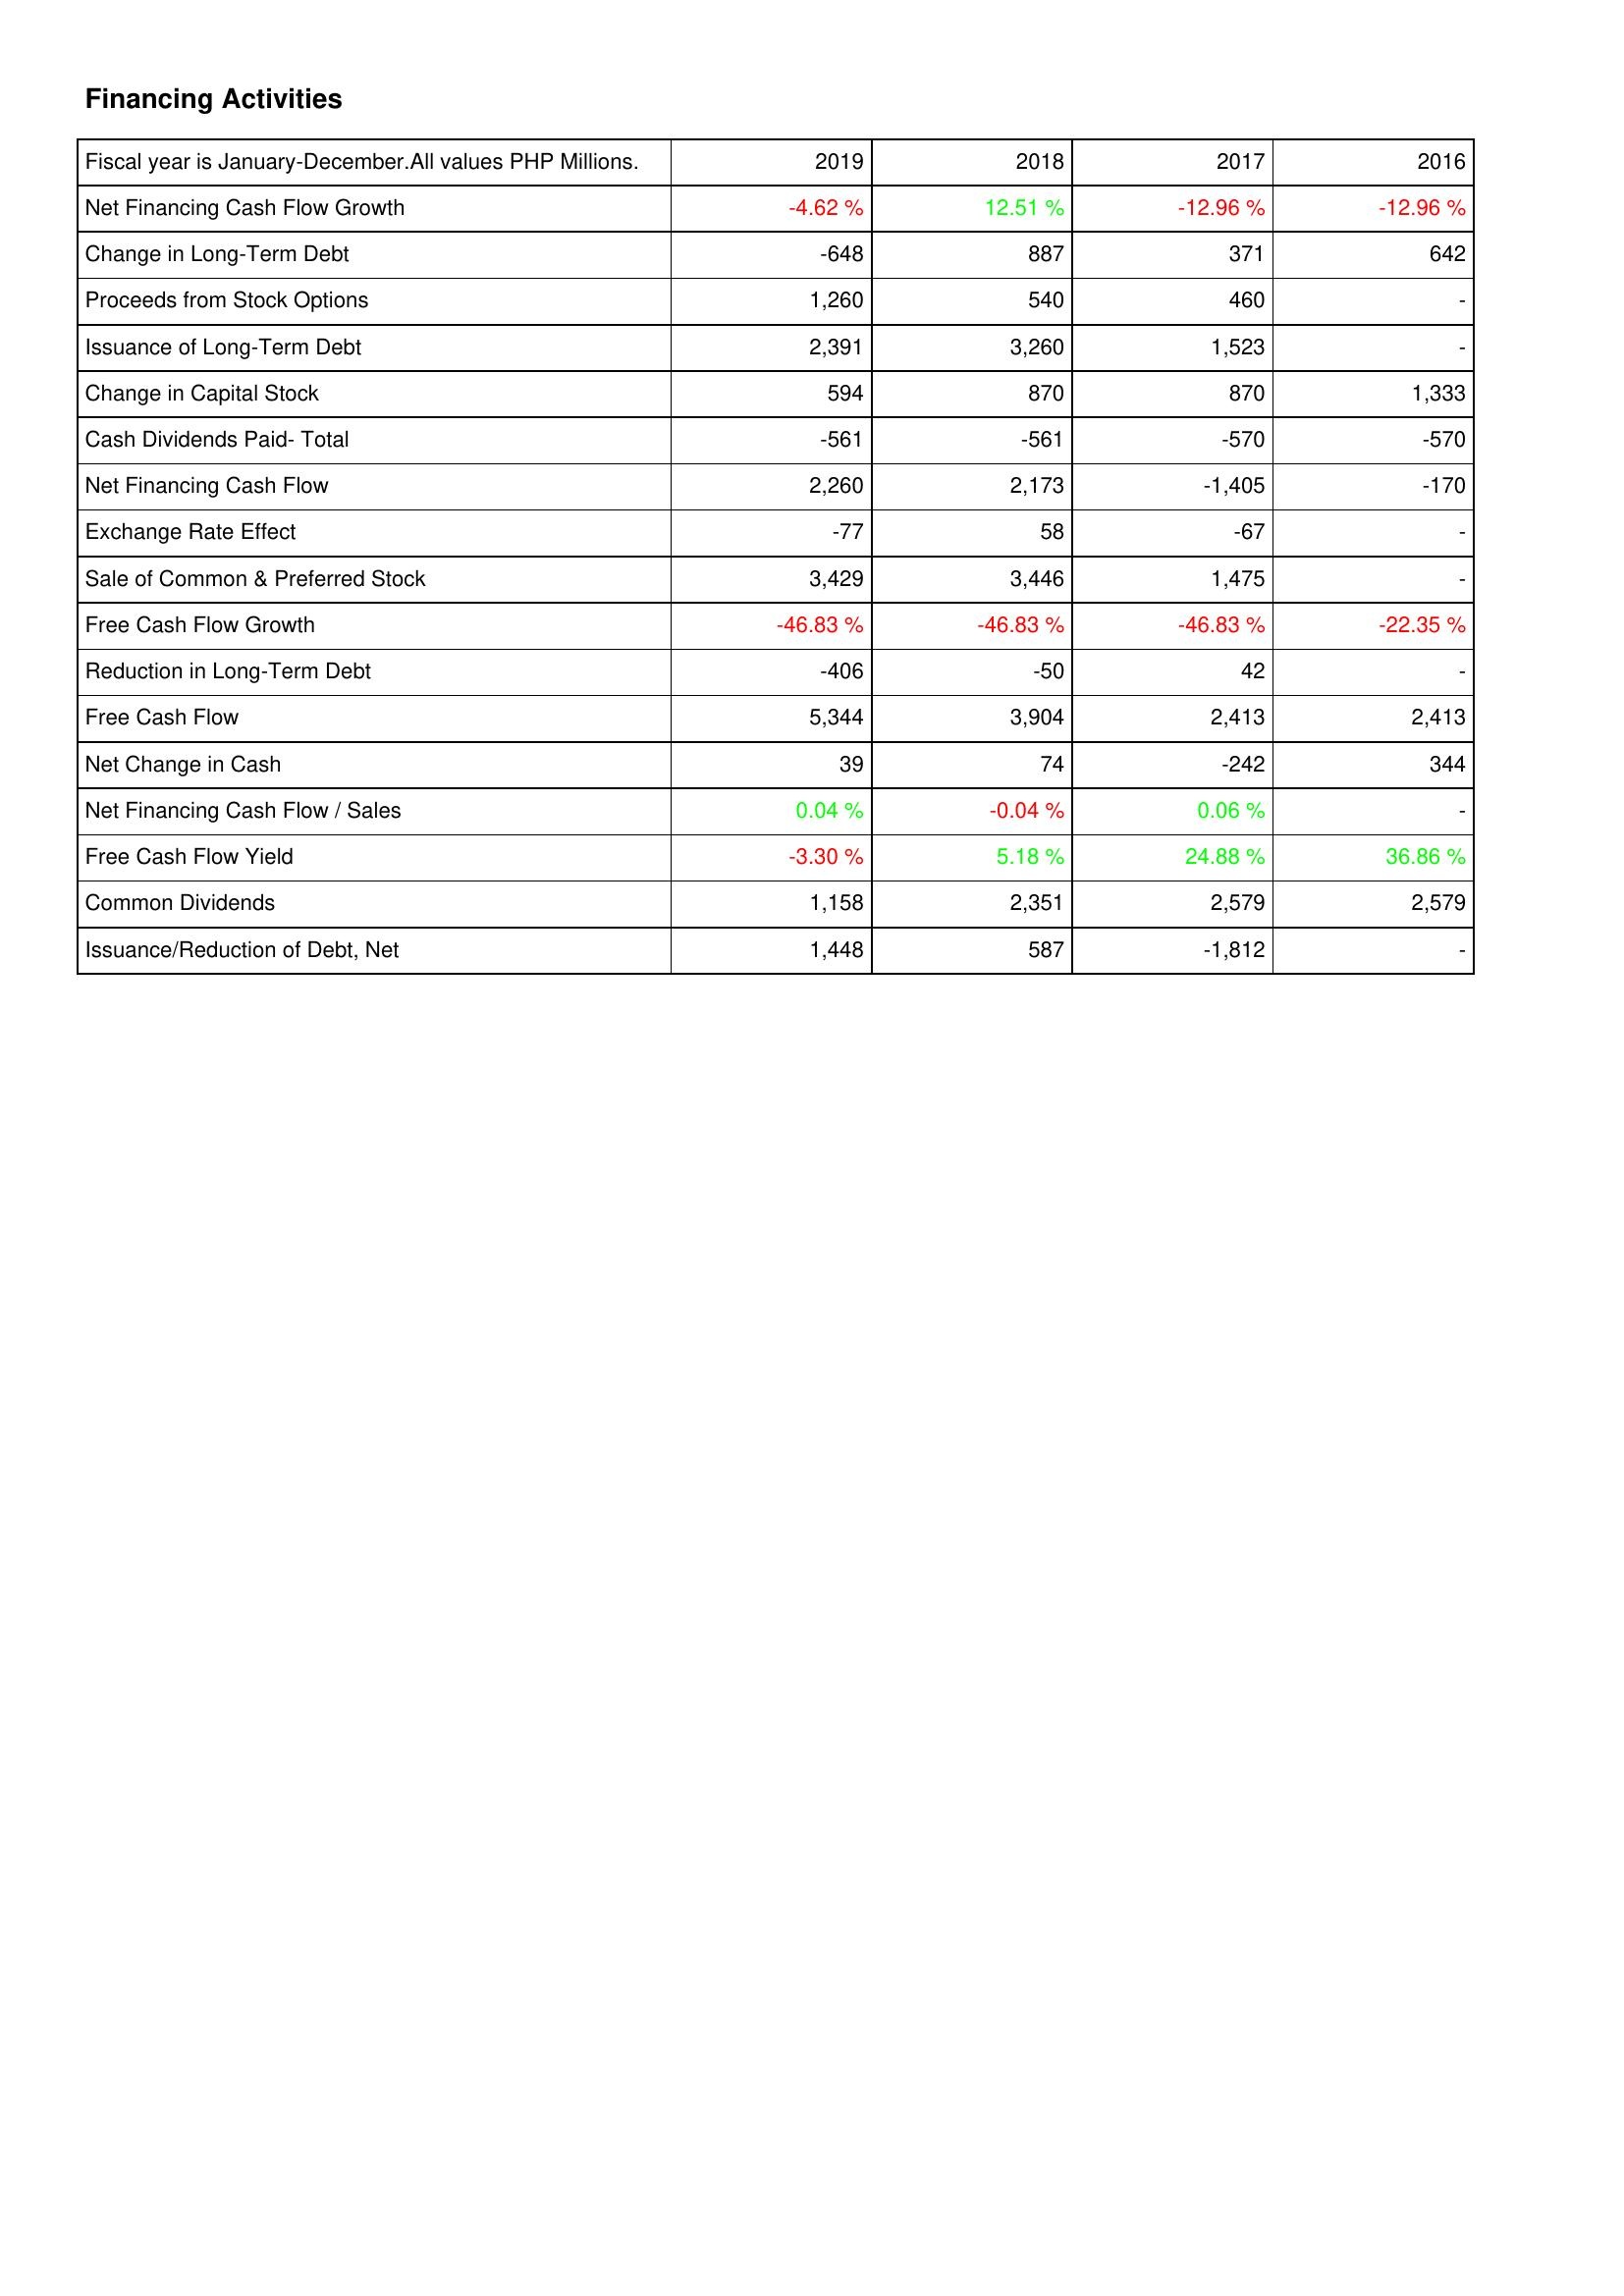
2019: Financing Activities: Net Financing Cash Flow Growth: -4.62 %
Change in Long-Term Debt: -648
Proceeds from Stock Options: 1,260
Issuance of Long-Term Debt: 2,391
Change in Capital Stock: 594
Cash Dividends Paid- Total: -561
Net Financing Cash Flow: 2,260
Exchange Rate Effect: -77
Sale of Common & Preferred Stock: 3,429
Free Cash Flow Growth: -46.83 %
Reduction in Long-Term Debt: -406
Free Cash Flow: 5,344
Net Change in Cash: 39
Net Financing Cash Flow / Sales: 0.04 %
Free Cash Flow Yield: -3.30 %
Common Dividends: 1,158
Issuance/Reduction of Debt, Net: 1,448
2018: Financing Activities: Net Financing Cash Flow Growth: 12.51 %
Change in Long-Term Debt: 887
Proceeds from Stock Options: 540
Issuance of Long-Term Debt: 3,260
Change in Capital Stock: 870
Cash Dividends Paid- Total: -561
Net Financing Cash Flow: 2,173
Exchange Rate Effect: 58
Sale of Common & Preferred Stock: 3,446
Free Cash Flow Growth: -46.83 %
Reduction in Long-Term Debt: -50
Free Cash Flow: 3,904
Net Change in Cash: 74
Net Financing Cash Flow / Sales: -0.04 %
Free Cash Flow Yield: 5.18 %
Common Dividends: 2,351
Issuance/Reduction of Debt, Net: 587
2017: Financing Activities: Net Financing Cash Flow Growth: -12.96 %
Change in Long-Term Debt: 371
Proceeds from Stock Options: 460
Issuance of Long-Term Debt: 1,523
Change in Capital Stock: 870
Cash Dividends Paid- Total: -570
Net Financing Cash Flow: -1,405
Exchange Rate Effect: -67
Sale of Common & Preferred Stock: 1,475
Free Cash Flow Growth: -46.83 %
Reduction in Long-Term Debt: 42
Free Cash Flow: 2,413
Net Change in Cash: -242
Net Financing Cash Flow / Sales: 0.06 %
Free Cash Flow Yield: 24.88 %
Common Dividends: 2,579
Issuance/Reduction of Debt, Net: -1,812
2016: Financing Activities: Net Financing Cash Flow Growth: -12.96 %
Change in Long-Term Debt: 642
Proceeds from Stock Options: -
Issuance of Long-Term Debt: -
Change in Capital Stock: 1,333
Cash Dividends Paid- Total: -570
Net Financing Cash Flow: -170
Exchange Rate Effect: -
Sale of Common & Preferred Stock: -
Free Cash Flow Growth: -22.35 %
Reduction in Long-Term Debt: -
Free Cash Flow: 2,413
Net Change in Cash: 344
Net Financing Cash Flow / Sales: -
Free Cash Flow Yield: 36.86 %
Common Dividends: 2,579
Issuance/Reduction of Debt, Net: -